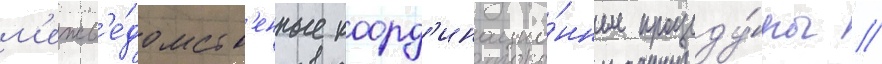
м'ежв'е́домств'енные коорд'инацио́нные процеду́ры //